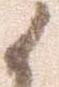
候